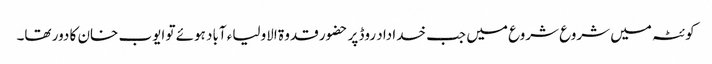
کوئٹہ میں شروع شروع میں جب خدا داد روڈ پر حضور قدوۃ الاولیاء آباد ہوئے تو ایوب خان کا دور تھا۔